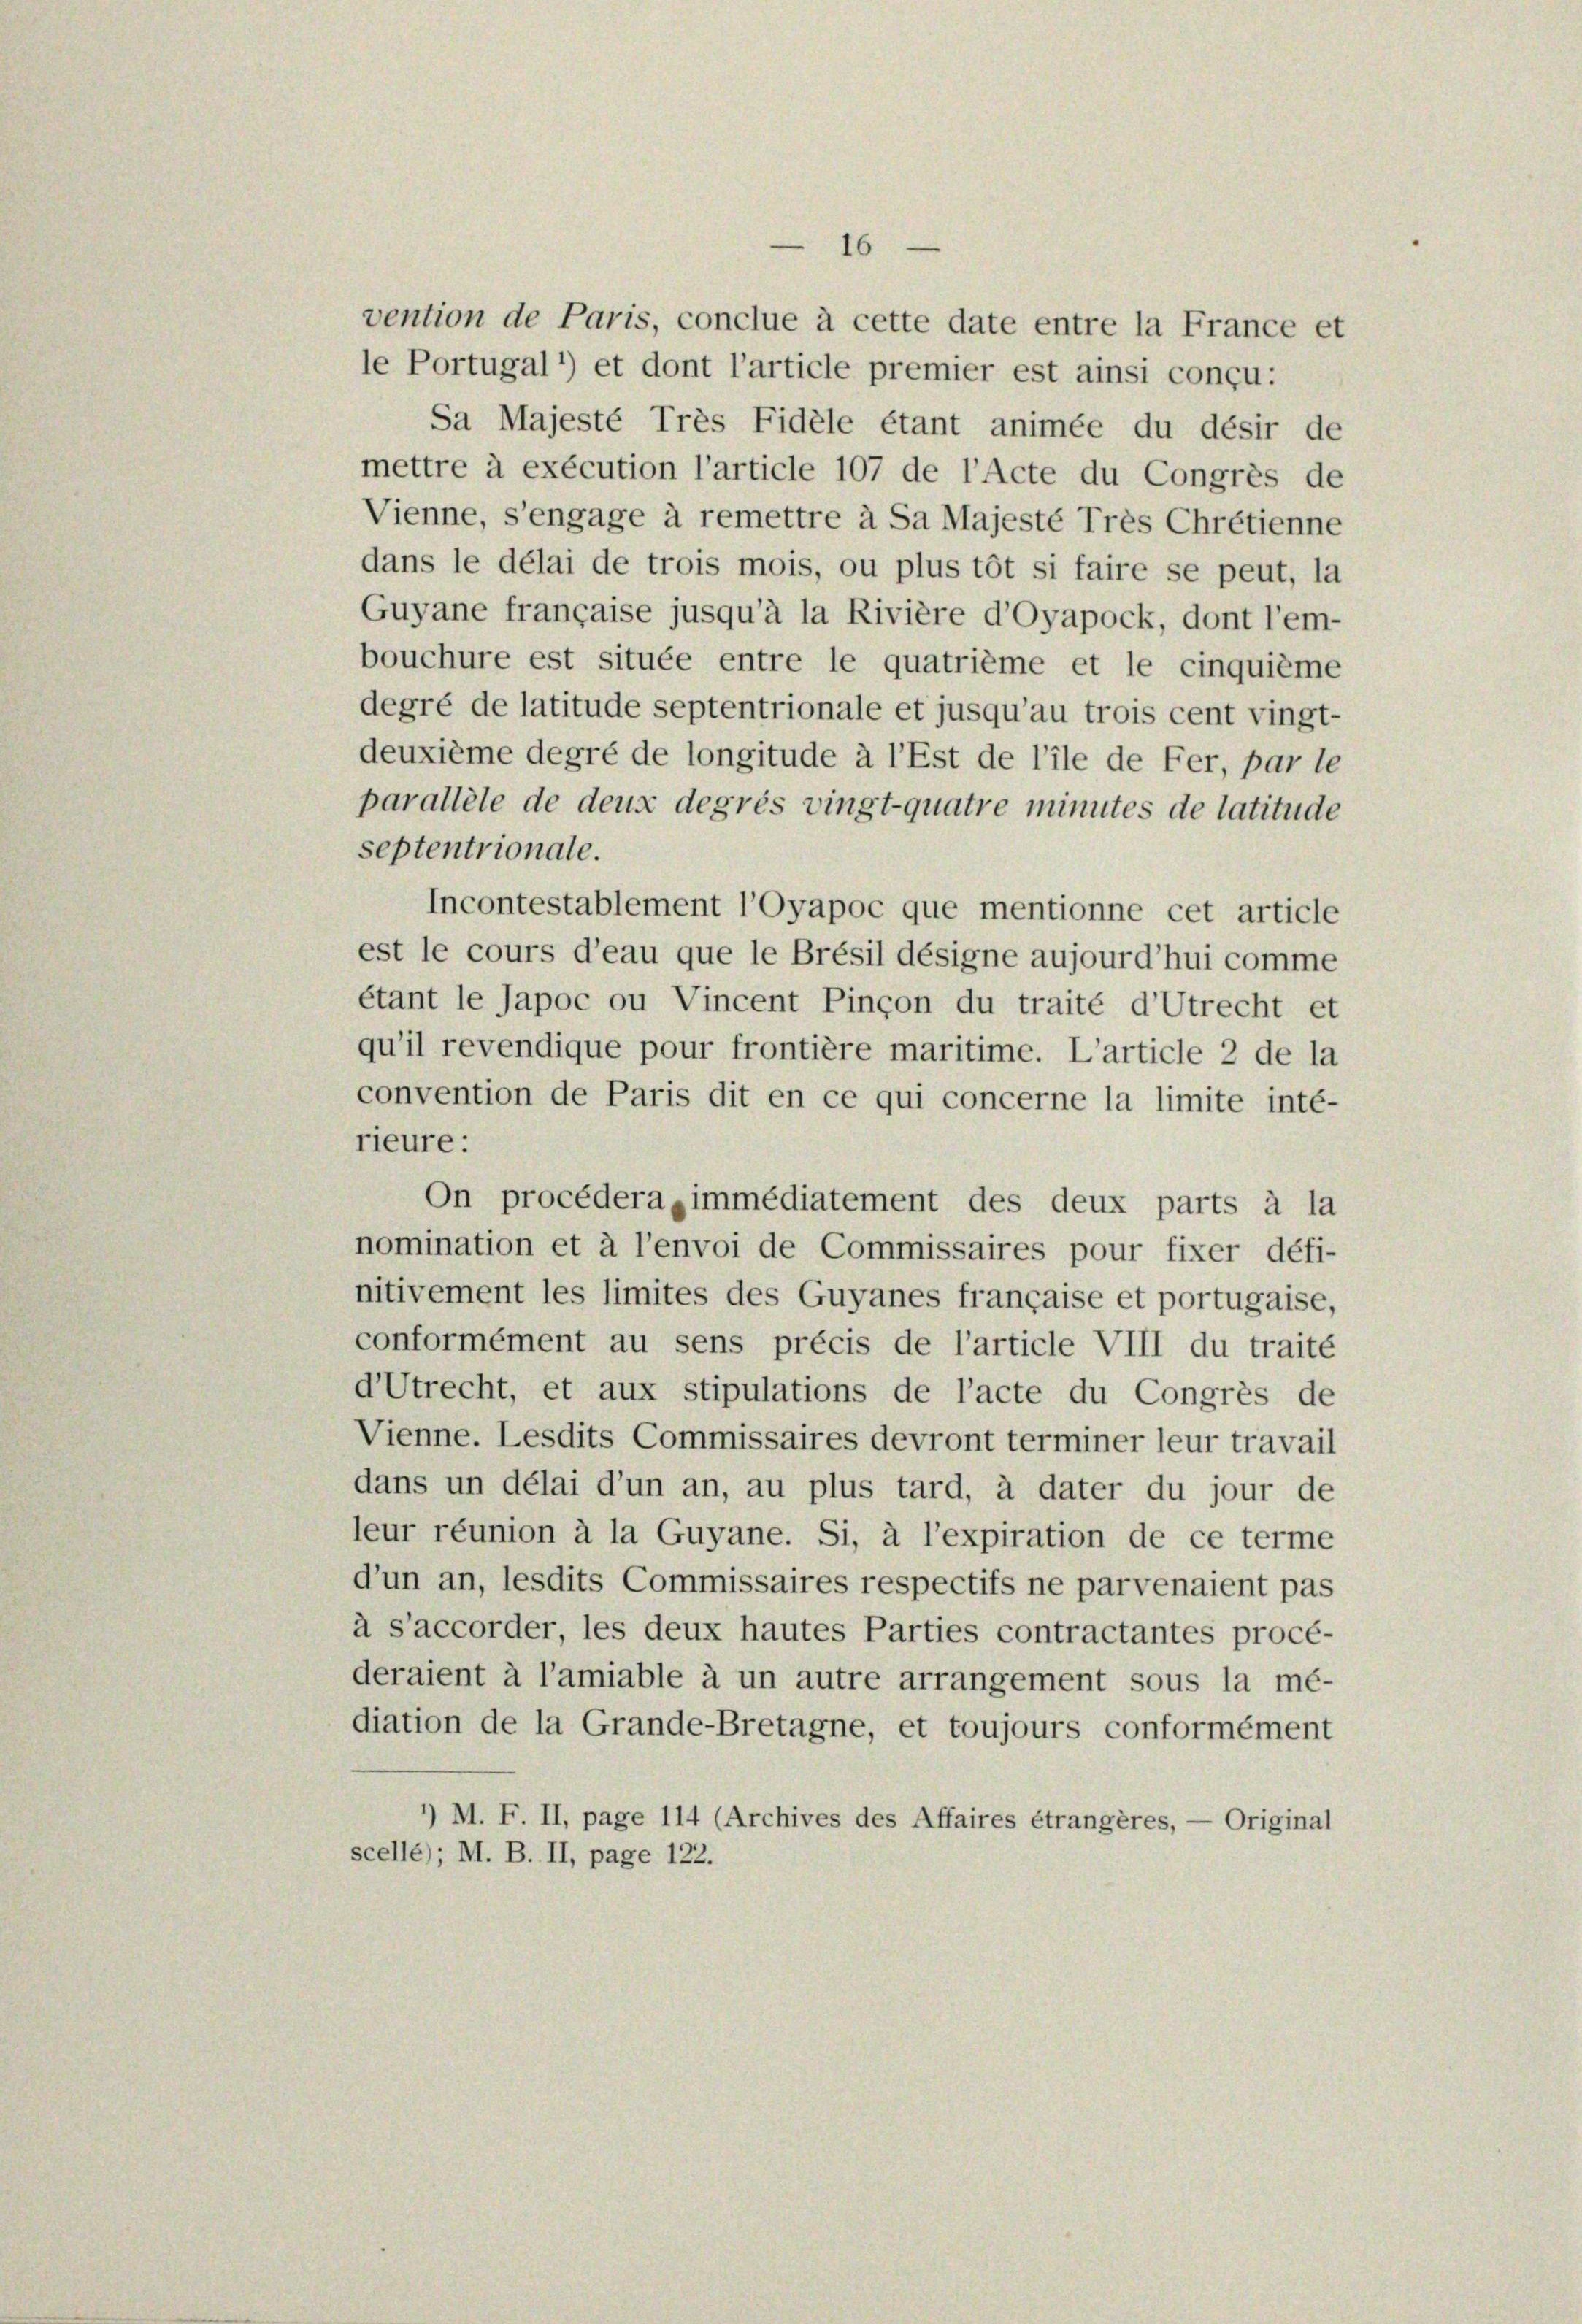
vention de Paris, conclue à cette date entre la France et
le Portugal ’) et dont l’article premier est ainsi conçu:
Sa Majesté Très Fidele étant animée du désir de
mettre à exécution l’article 107 de l’Acte du Congrès de
Vienne, s’engage à remettre à Sa Majesté Trés Chrétienne
dans le délai de trois mois, ou plus tôt si faire se peut, la
Guyane française jusqu’à la Rivière d’Oyapock, dont l’em-
bouchure est située entre le quatrième et le cinquième
degré de latitude septentrionale et jusqu’au trois cent vingt-
deuxième degré de longitude à l’Est de l’ile de Fer, par le
parallele de deux degrés vingt-quatre minutes de latitude
septentrionale.
Incontestablement l’Oyapoc que mentionne cet article
est le cours d’eau que le Brésil désigne aujourd’hui comme
étant le Japoc ou Vincent Pinçon du traité d’Utrecht et
qu’il revendique pour frontière maritime. L’article 2 de la
convention de Paris dit en ce qui concerne la limite inté-

rieure:
On procédera immédiatement des deux parts à la
nomination et à l’envoi de Commissaires pour fixer défi-
nitivement les limites des Guyanes française et portugaise,
conformément au sens précis de l’article VIII du traité
dUtrecht, et aux stipulations de l’acte du Congrès de
Vienne. Lesdits Commissaires devront terminer leur travail
dans un délai d’un an, au plus tard, à dater du jour de
leur réunion à la Guyane. Si, à l’expiration de ce terme
d’un an, lesdits Commissaires respectifs ne parvenaient pas
à s’accorder, les deux hautes Parties contractantes procé-
deraient à l’amiable à un autre arrangement sous la mé-
diation de la Grande-Bretagne, et toujours conformément
’) M. F. II, page 114 (Archives des Affaires étrangères, — Original
scelle); M. B. II, page 122.